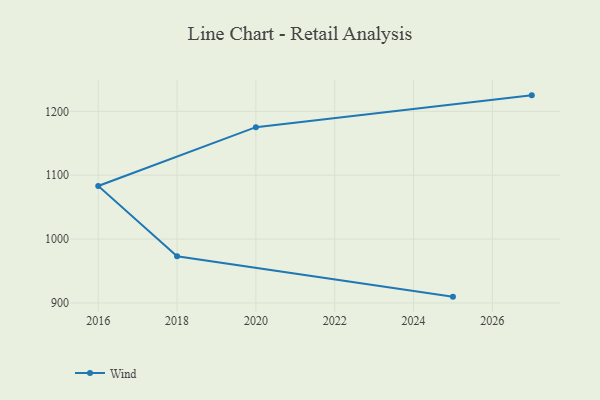
{"axis": {"x": "Year", "y": "Churn Rate (%)"}, "legend": ["Wind"], "data": [{"x": "2025", "y": 909.9, "type": "Wind"}, {"x": "2018", "y": 973.2, "type": "Wind"}, {"x": "2016", "y": 1083.2, "type": "Wind"}, {"x": "2020", "y": 1175.2, "type": "Wind"}, {"x": "2027", "y": 1225.0, "type": "Wind"}]}